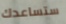
ستساعدك